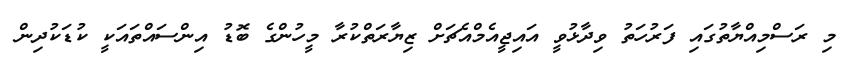
މި ރަސްމިއްޔާތުގައި ފަރުހަތު ވިދާޅުވީ އައިޖީއެމްއެޗަށް ޒިޔާރަތްކުރާ މީހުންގެ ބޮޑު އިންސައްތައަކީ ކުޑަކުދިން